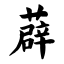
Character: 薜